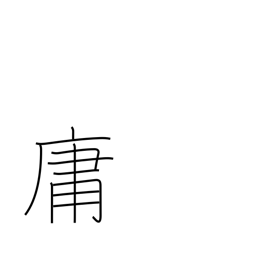
Meaning: commonplace